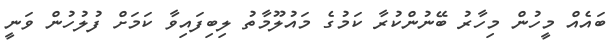
ބައެއް މީހުން މިހާރު ބޭނުންކުރާ ކަމުގެ މައުލޫމާތު ލިބިފައިވާ ކަމަށް ފުލުހުން ވަނީ